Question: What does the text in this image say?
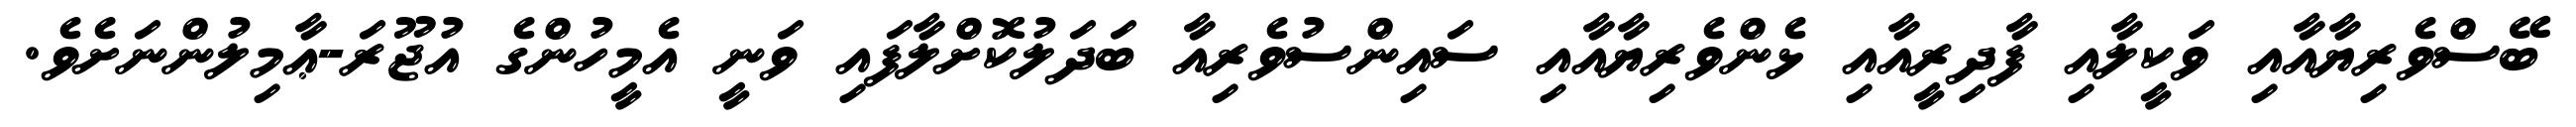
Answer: ބޭސްވެރިޔާއާއި ވަކީލާއި ފާދިރީއާއި ޅެންވެރިޔާއާއި ސައިންސުވެރިއާ ބަދަލުކޮށްލާފައި ވަނީ އެމީހުންގެ އުޖޫރަ-ޢާމިލުންނަށެވެ.